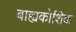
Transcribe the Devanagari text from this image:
बाह्यकोशिक